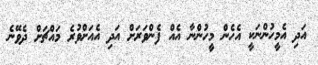
އަދި އެމީހުންނަކީ އެހެން މީހުންނާ އެއް ފެންވަރަށް އަދި އެއަށްވުރެ މައްޗަށް ދެވޭނެ